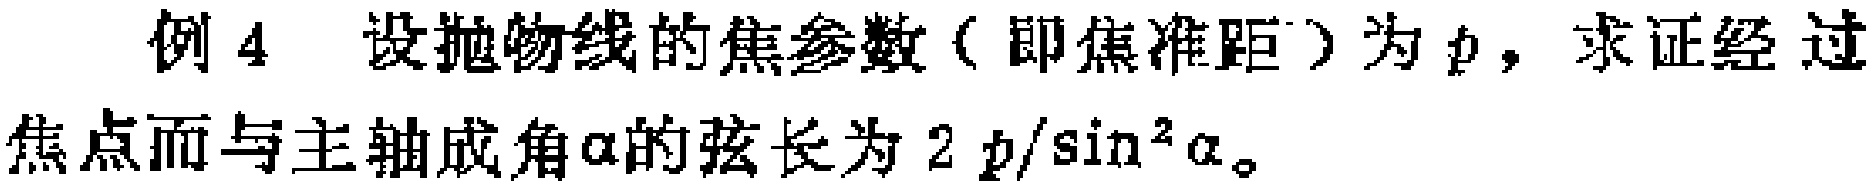
例 4 设抛物线的焦参数（即焦准距）为 \(p\)，求证经过焦点而与主轴成角\(\alpha\)的弦长为 \(2p/\sin^{2}\alpha\)。